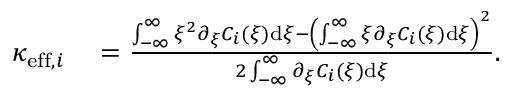
\begin{array} { r l } { \kappa _ { \mathrm { e f f } , i } } & { { } = \frac { \int _ { - \infty } ^ { \infty } \xi ^ { 2 } \partial _ { \xi } C _ { i } ( \xi ) \mathrm { d } \xi - \left( \int _ { - \infty } ^ { \infty } \xi \partial _ { \xi } C _ { i } ( \xi ) \mathrm { d } \xi \right) ^ { 2 } } { 2 \int _ { - \infty } ^ { \infty } \partial _ { \xi } C _ { i } ( \xi ) \mathrm { d } \xi } . } \end{array}